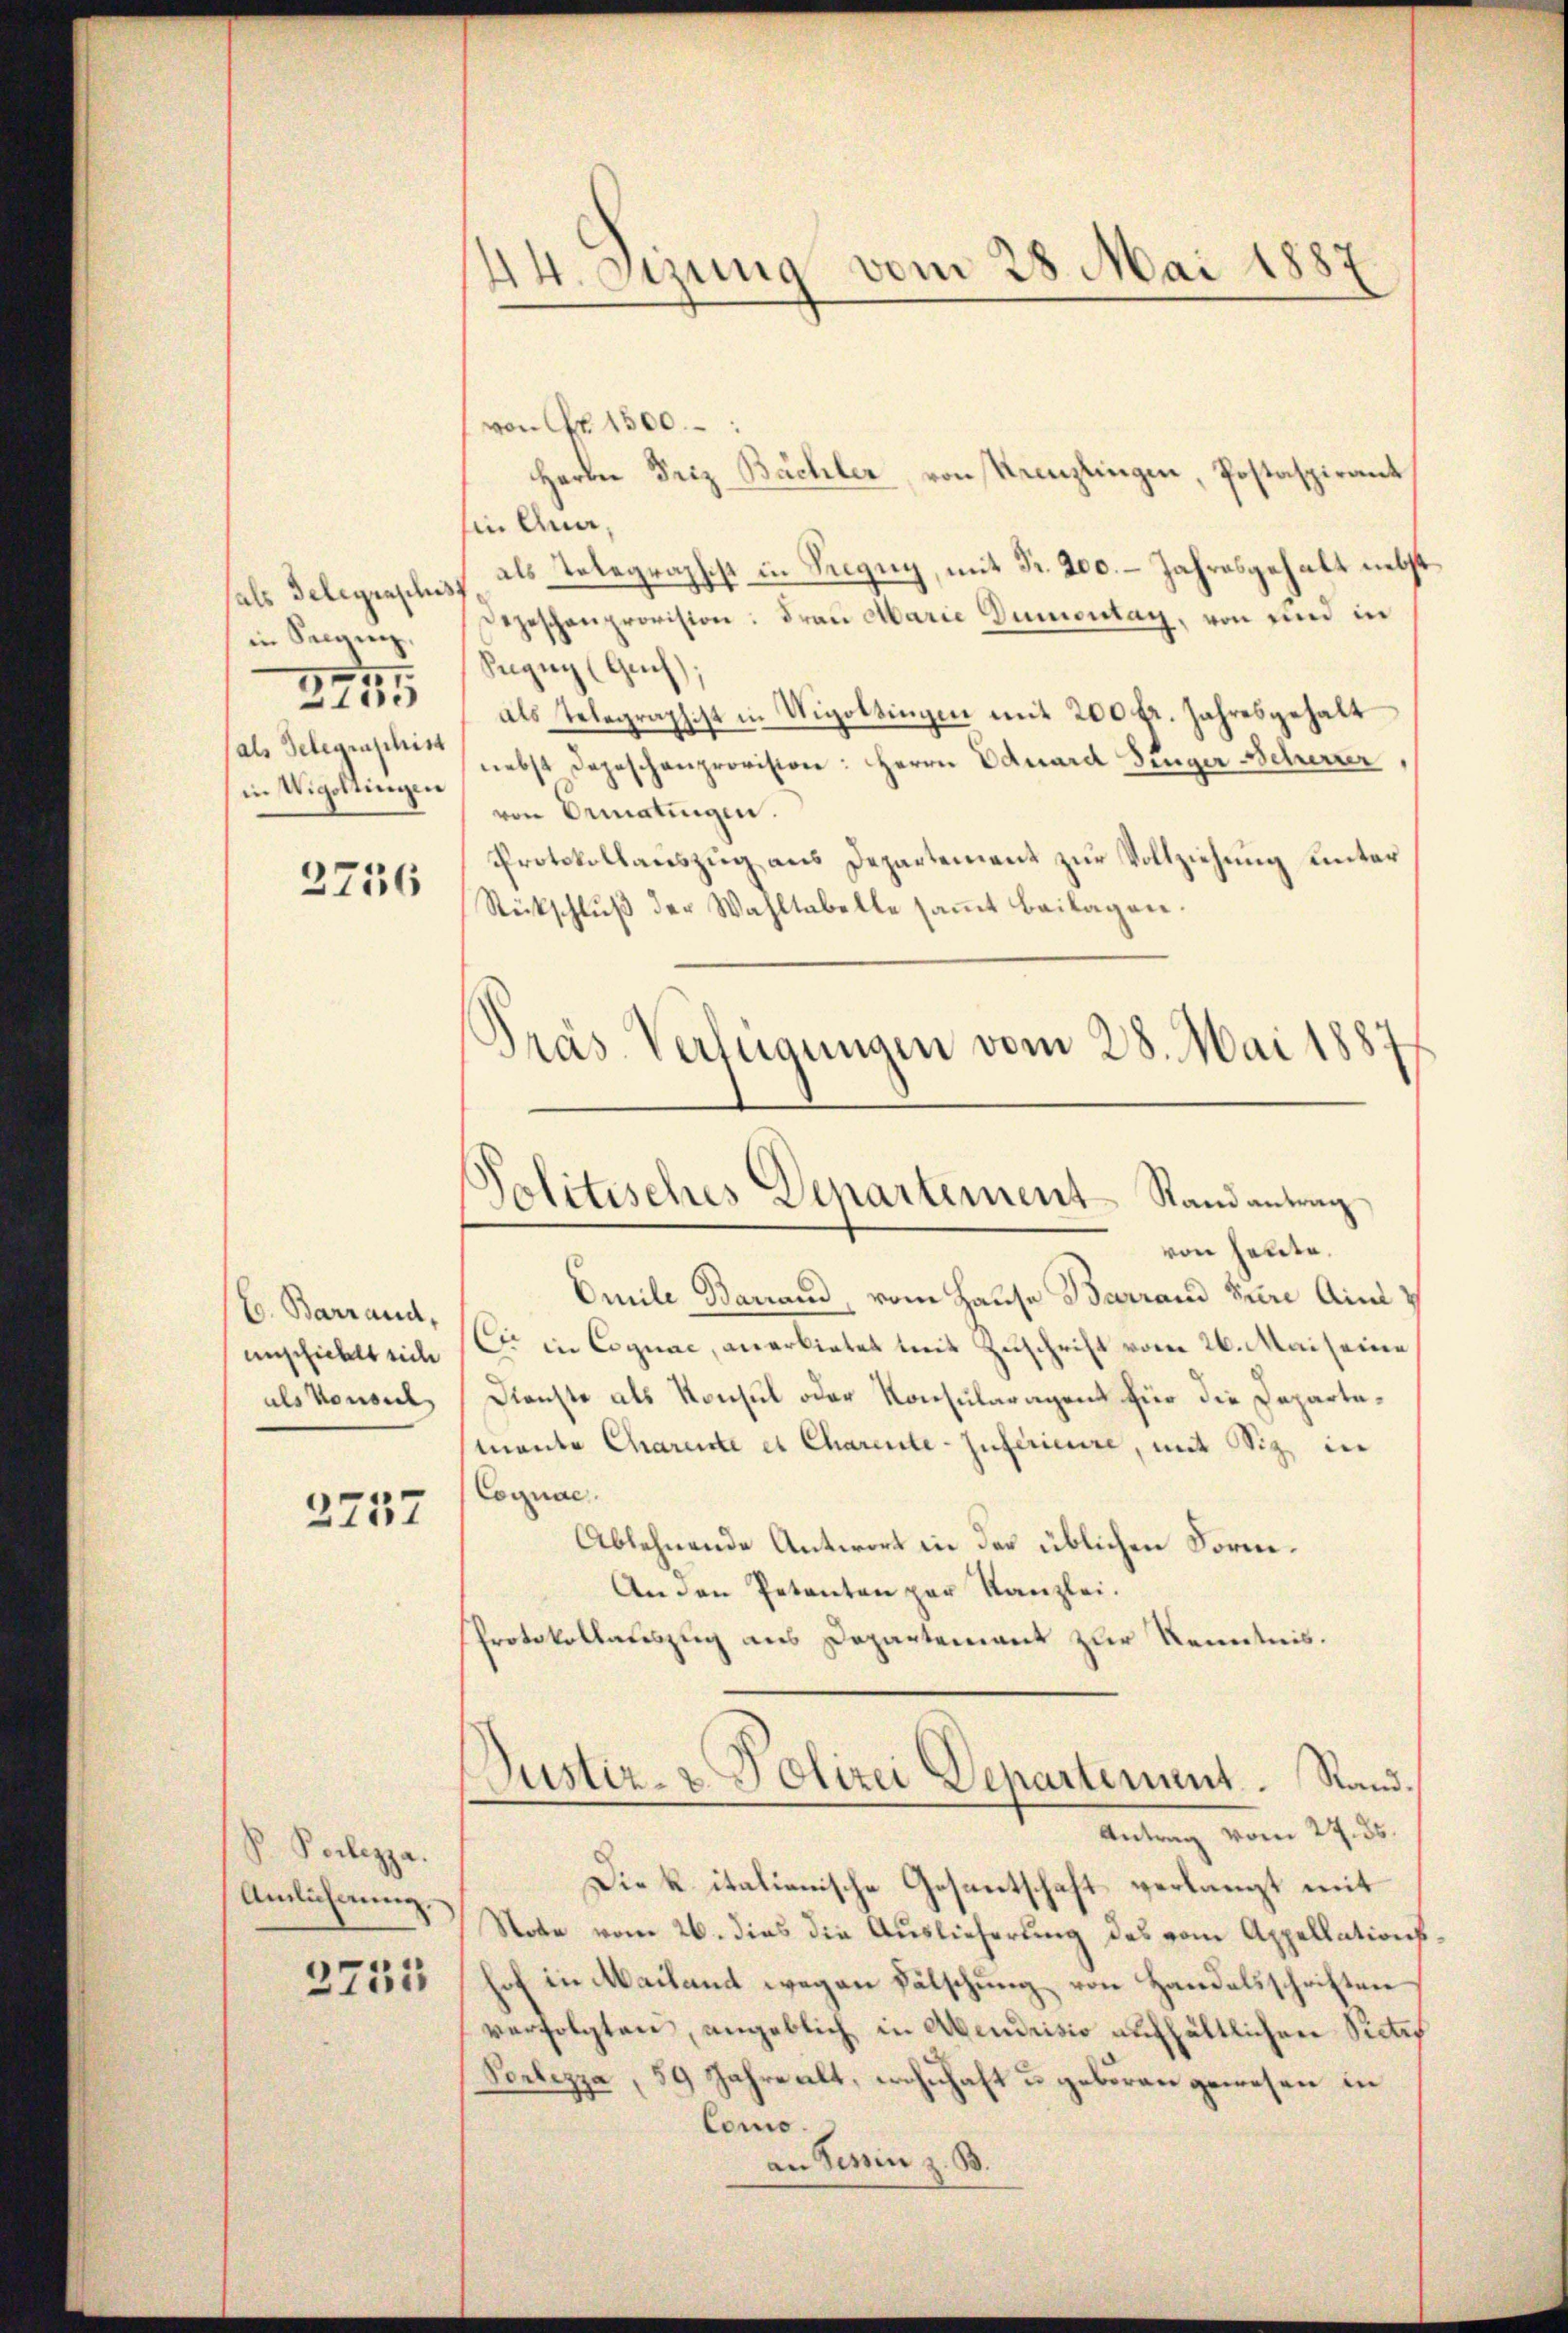
in Seeanz,
275
(als Gelegraschist
in Wigottingen

2736

E. Barrand,
unschiehlt sich
als Konsul

2737

Poilezza
Amlichnung,
3731

von Nr. 1500.
Herrn Friz Bächler, von Krenzlingen, Postaspirant
sin Ana,
fals Telegraphes als Telegraphist in Pregny, mit Fr. 200. - Jahresgehalt nebst
Depeschenprovision: Frau Marie Dumontag, von und in
Sugug (Guch;
als Telegraphist in Viottingen mit 200 fr. Jahresgehalt
nebst Depeschenprovision: Herrn Eduard Dinger Scherter
von Bematingen.
Protokollauszug aus Departement zur Vollziehung unter
Rückschluß der Wahltabelle samt Beilagen.
Präs. Verlegungen vom 28. Mai 1883

44. Setzung vom 28. Mai 1887

Politisches Denartement Stand antrag

von heute.
Omile Barrand, vom Hause Barrand Euere Ain
Cie in Cognac, anerbietet weit Zuschrift vom 26. Mai seine
Dienste als Konsul oder Konsularagent für die Departe¬
Mante Charente et Charente-Inférieure, mit Siz in
Cognac.
Ablehnende Antwort in der üblichen Form¬
An den Petenten par Kanzlei.
Protokollauszug aus Departement zur Kenntnis.
Justiz- & Polizei Departement. Stand.
Antrag vom 27. ds.
Die k. italienische Gesantschaft verlangt mit
Note vom 26. dies die Auslieferung des vom Appellation
hof in Mailand wegen Fälschung von Handelsschriften
verfolgten, angeblich in Abendrisis aufhältlichen Sictes
Perlezza, 59 Jahre alt, wohnhaft u. geboren gewesen in
Como.
an Tessin z. B.